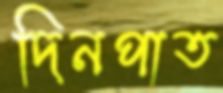
দিনপাত